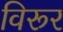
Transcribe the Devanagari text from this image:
विरूर